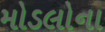
મોડલોના